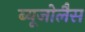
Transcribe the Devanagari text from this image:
ब्यूजोलैस